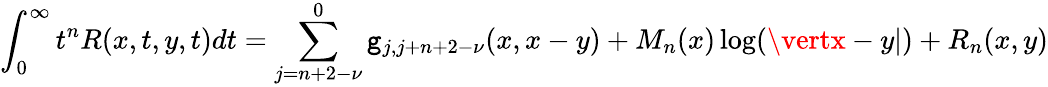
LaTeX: \int_{0}^{\infty}t^{n}R(x,t,y,t)dt=\sum_{j=n+2-\nu}^{0}\mathtt{g}_{j,j+n+2-\nu}(x,x-y)+M_{n}(x)\log(\vertx-y\vert)+R_{n}(x,y)